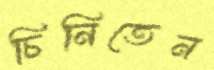
চিনিতেন